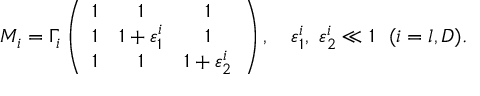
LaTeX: M _ { i } = \Gamma _ { i } \left( \begin{array} { c c c } { { 1 } } & { { 1 } } & { { 1 } } \\ { { 1 } } & { { 1 + \varepsilon _ { 1 } ^ { i } } } & { { 1 } } \\ { { 1 } } & { { 1 } } & { { 1 + \varepsilon _ { 2 } ^ { i } } } \end{array} \right) , \ \ \ \varepsilon _ { 1 } ^ { i } , \ \varepsilon _ { 2 } ^ { i } \ll 1 \ \ ( i = l , D ) .